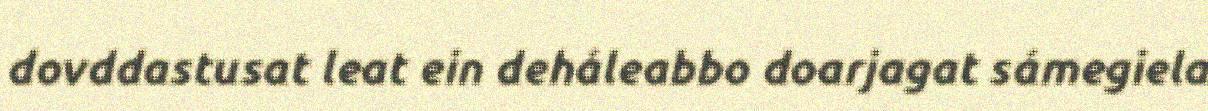
dovddastusat leat ein deháleabbo doarjagat sámegiela